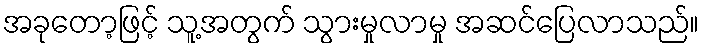
အခုတော့ဖြင့် သူ့အတွက် သွားမှုလာမှု အဆင်ပြေလာသည်။